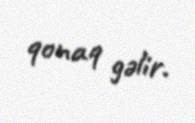
qonaq gəlir.